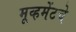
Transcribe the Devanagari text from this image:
मूव्हमेंटचे